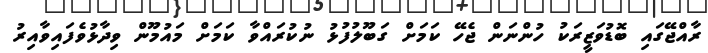
ރާއްޖޭގައި ބޮޑުވަޒީރަކު ހުންނަން ޖެހޭ ކަމަށް ގަބޫލުފުޅު ނުކުރައްވާ ކަމަށް މައުމޫން ވިދާޅުވެފައިވާއިރު